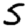
Digit: 5